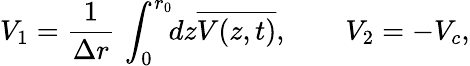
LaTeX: V_{1}=\frac{1}{\Delta r}\, \int_{0}^{r_{0}}\! \! dz\overline{{{V(z,t)}}},\quad\quad V_{2}=-V_{c},